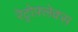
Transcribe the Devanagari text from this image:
रेट्रोफ़्लेक्स